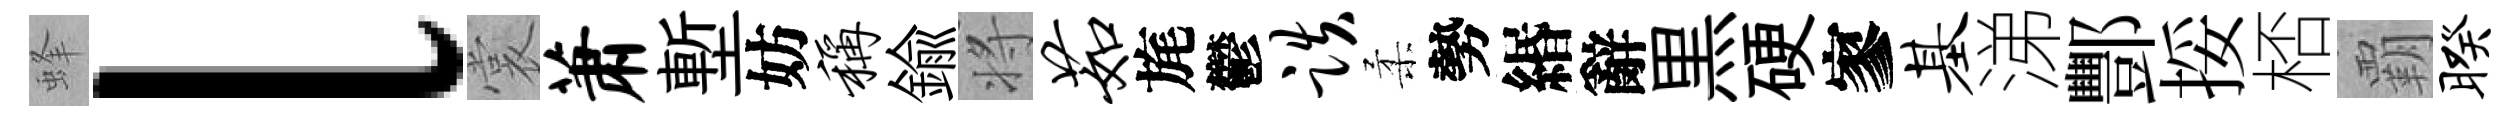
蜂l裳萧塹妨称鍮将茹旄鬱跌柔勢緡辭黒硬寥基涕酆挼桮覇暌